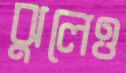
ঝুলেও